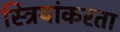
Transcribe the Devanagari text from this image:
स्त्रियांकरता